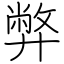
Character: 弊